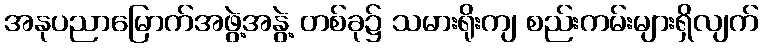
အနုပညာမြောက်အဖွဲ့အနွဲ့ တစ်ခု၌ သမားရိုးကျ စည်းကမ်းများရှိလျက်